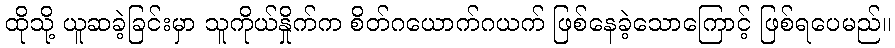
ထိုသို့ ယူဆခဲ့ခြင်းမှာ သူကိုယ်နှိုက်က စိတ်ဂယောက်ဂယက် ဖြစ်နေခဲ့သောကြောင့် ဖြစ်ရပေမည်။